65_HS1-834228961_62-HQ-83894_Section_1
Agency: FBI
Page 161
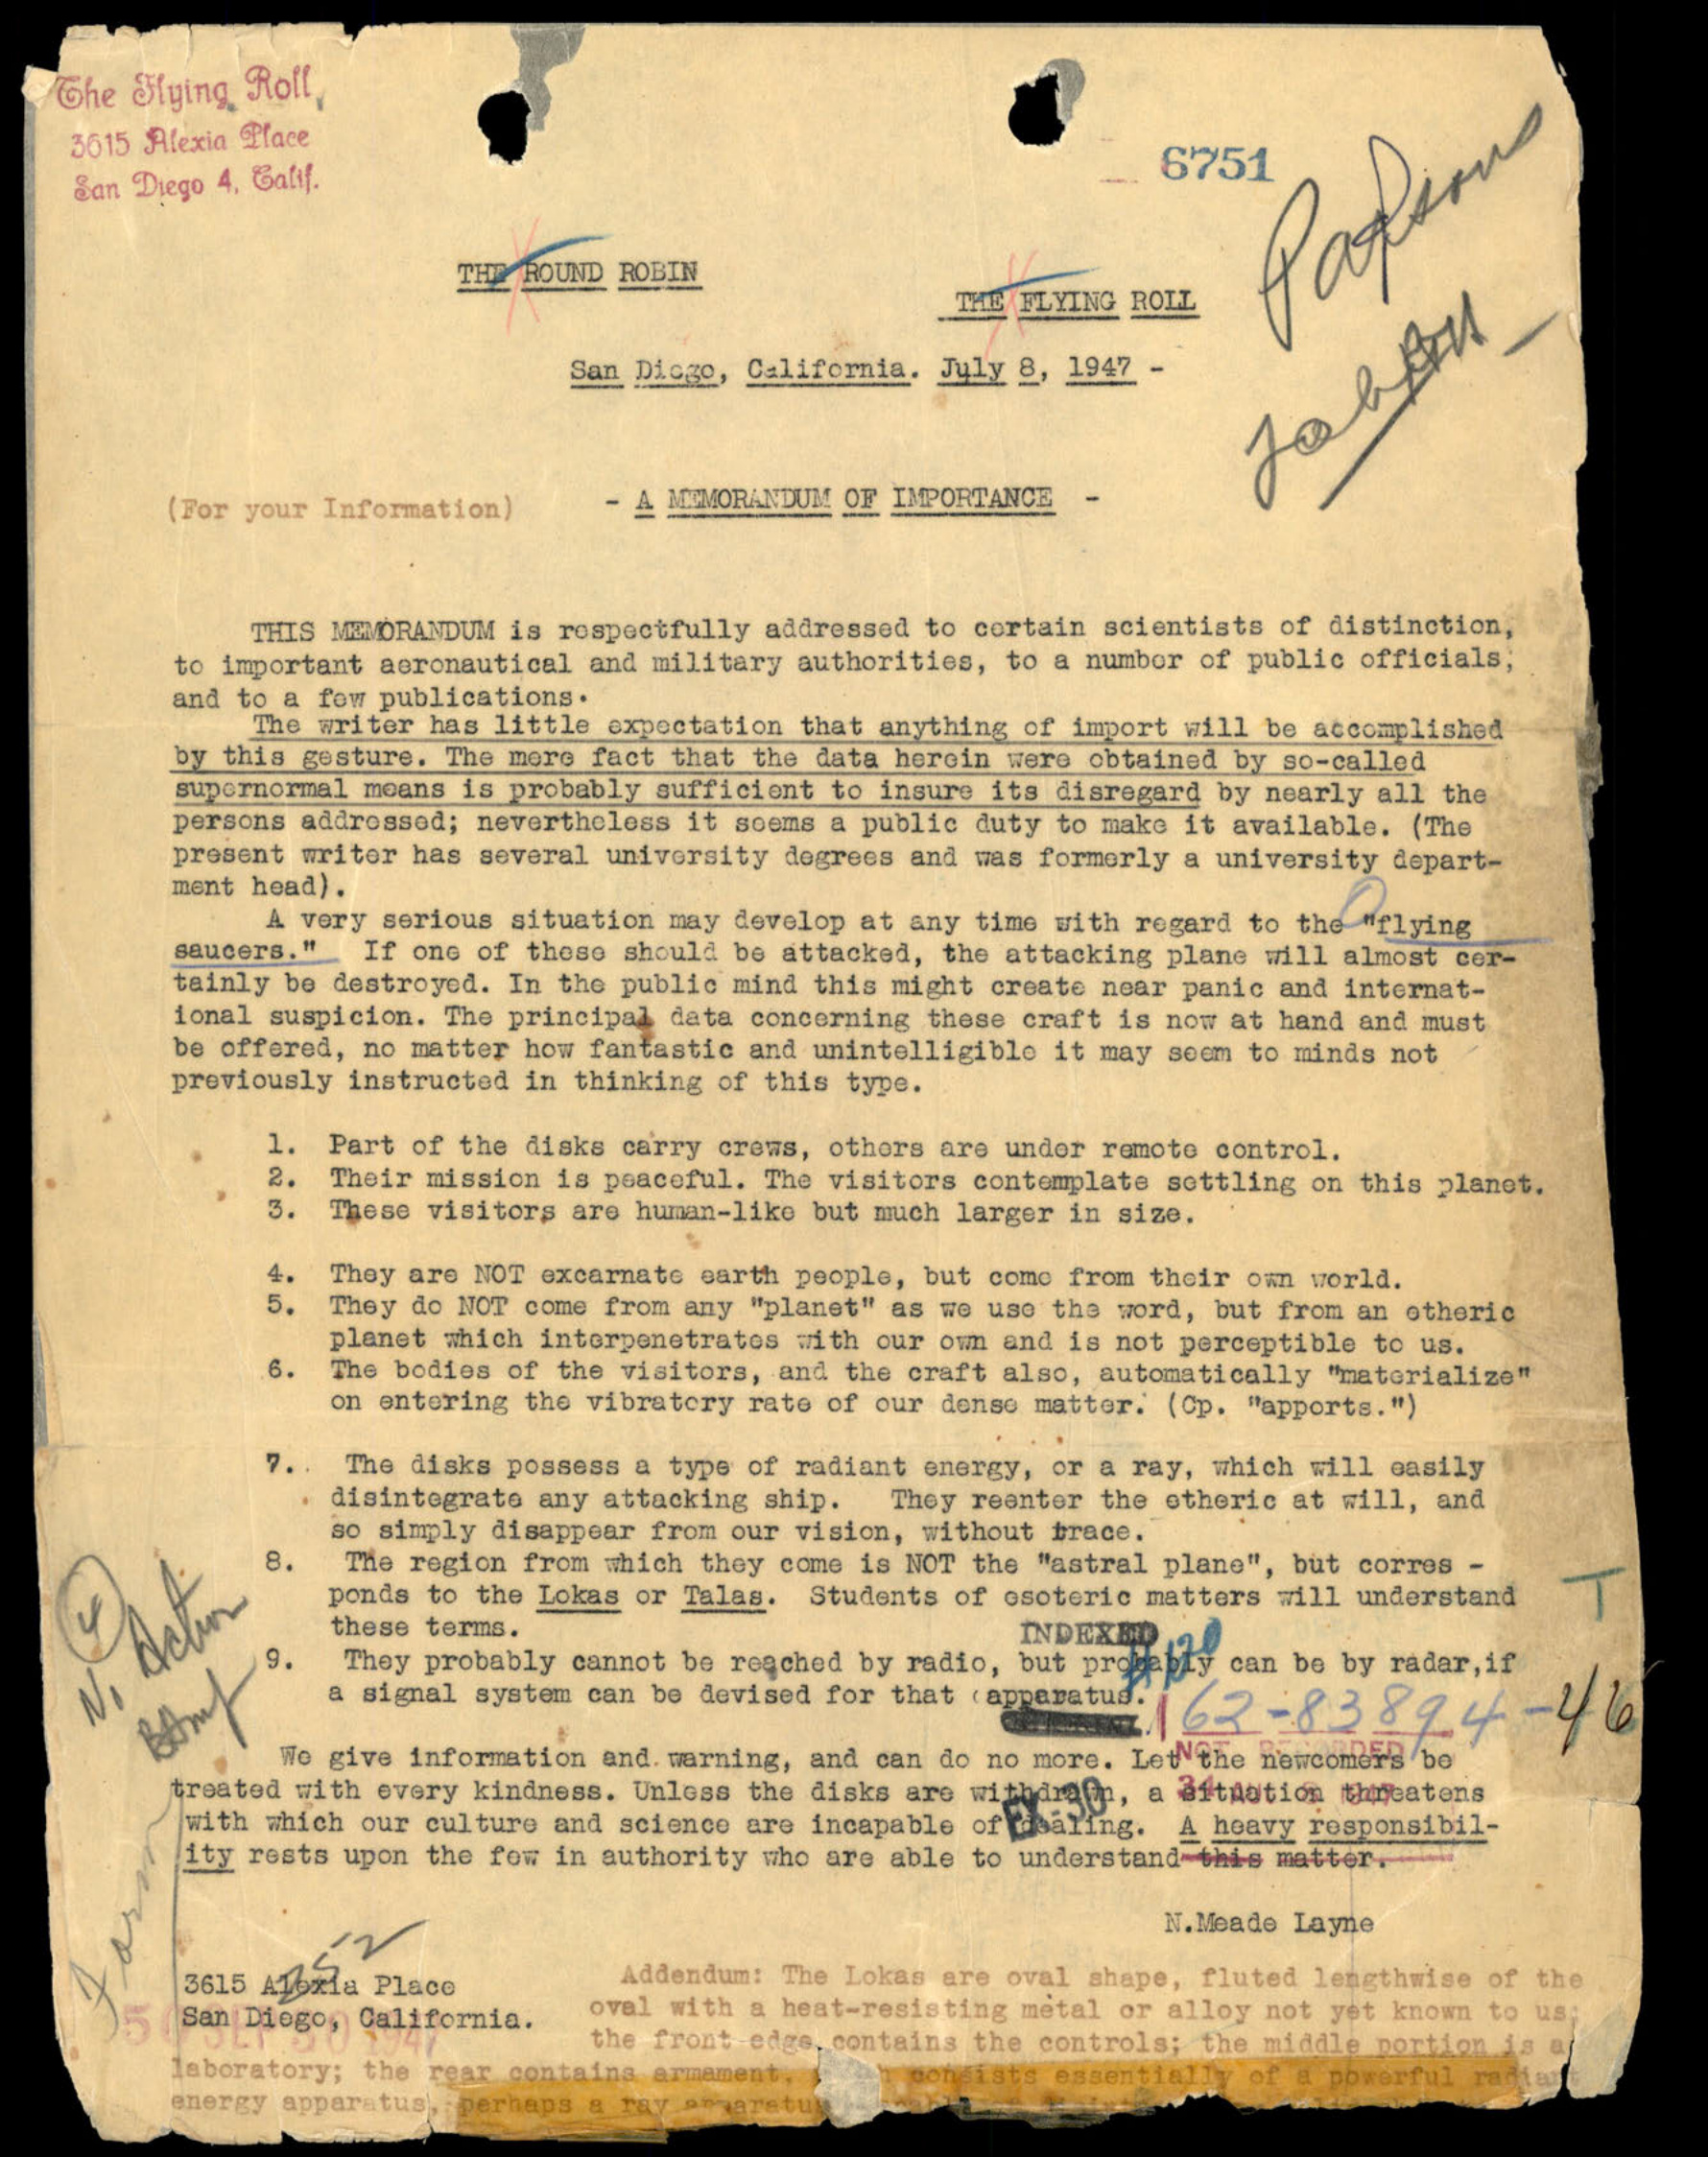